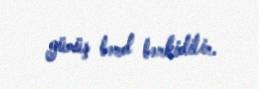
gümüş bənd bərkidilir.